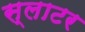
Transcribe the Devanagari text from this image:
स्लाटर